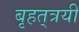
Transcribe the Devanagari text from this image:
बृहत्‌त्रयी